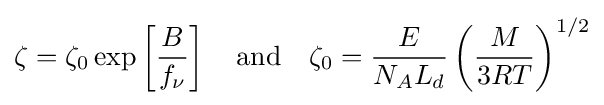
\zeta =\zeta _{0}\exp \left[{\frac {B}{f_{\nu }}}\right]\quad {\text{and}}\quad \zeta _{0}={\frac {E}{N_{A}L_{d}}}\left({\frac {M}{3RT}}\right)^{1/2}